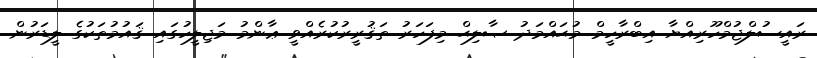
ރައީސުލްޖުމްހޫރިއްޔާ އިބްރާހީމް މުޙައްމަދު ޞާލިޙް މިފަހަރު ތަޤުރީރުކުރެއްވީ ޢާންމު މަޖިލީހުގައި ޤައުމުތަކުގެ ލީޑަރުން